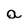
Character: a